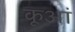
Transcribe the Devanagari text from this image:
कूआं